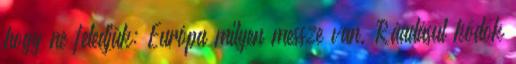
hogy ne feledjük: Európa milyen messze van. Ráadásul ködök